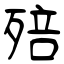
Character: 殕